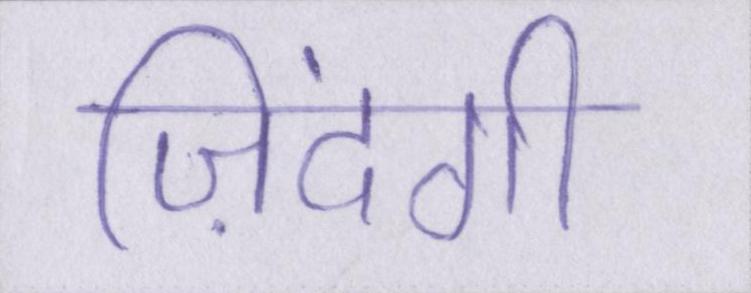
ज़िंदगी